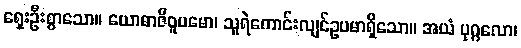
ရှေးဦးစွာသော။ ယောဓာဇီဝူပမော၊ သူရဲကောင်းလျင်ဥပမာရှိသော။ အယံ ပုဂ္ဂလော၊